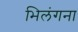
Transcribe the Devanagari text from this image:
भिलंगना